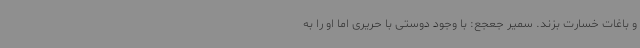
و باغات خسارت بزند. سمیر جعجع: با وجود دوستی‌ با حریری اما او را به